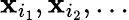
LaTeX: \mathbf{x}_{i_{1}},\mathbf{x}_{i_{2}},\ldots